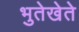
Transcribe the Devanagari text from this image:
भुतेखेते